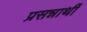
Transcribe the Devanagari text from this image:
प्रसन्नार्थी